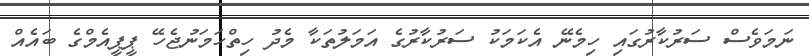
ނަމަވެސް ސަރުކާރުގައި ހިމެނޭ އެކަމަކު ސަރުކާރުގެ އަމަލުތަކާ މެދު ހިތްހަމަނުޖެހޭ ޕީޕީއެމްގެ ބައެއް